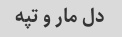
دل مار و تپه